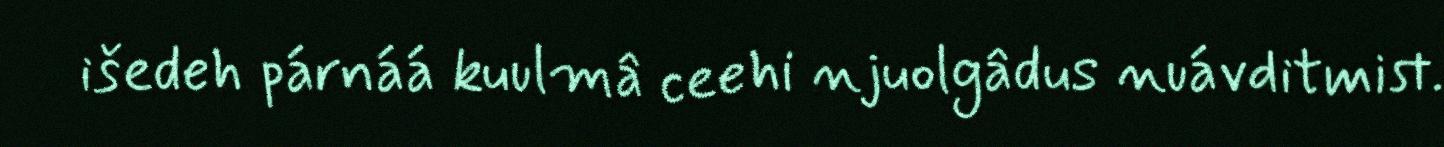
išedeh párnáá kuulmâ ceehi njuolgâdus nuávditmist.